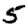
Digit: 5